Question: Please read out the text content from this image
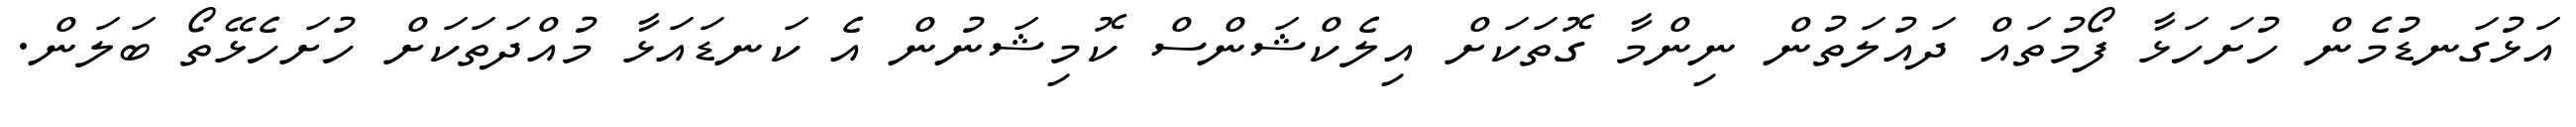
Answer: އަޅުގަނޑުމެން ހުށަހަޅާ ފޯމުތައް ދައުލަތުން ނިންމާ ގޮތަކަށް އިލެކްޝަންސް ކޮމިޝަނުން އެ ކަނޑައަޅާ މުއްދަތަކަށް ހުށަހެޅޭތޯ ބަލަން.